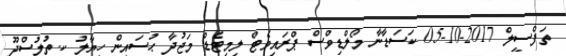
ތަފްސީލް 2017-10-05 ކަސަޑާނާ މޯލްޑިވްސް ޕްރައިވެޓް ލިމިޓެޑް މަޖުދާ ޙުސައިން ހިޔާލު ކ.ތުލުސްދޫ